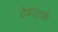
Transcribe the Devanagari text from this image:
देवाइतके